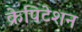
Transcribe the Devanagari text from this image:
क्रेपिटेशन